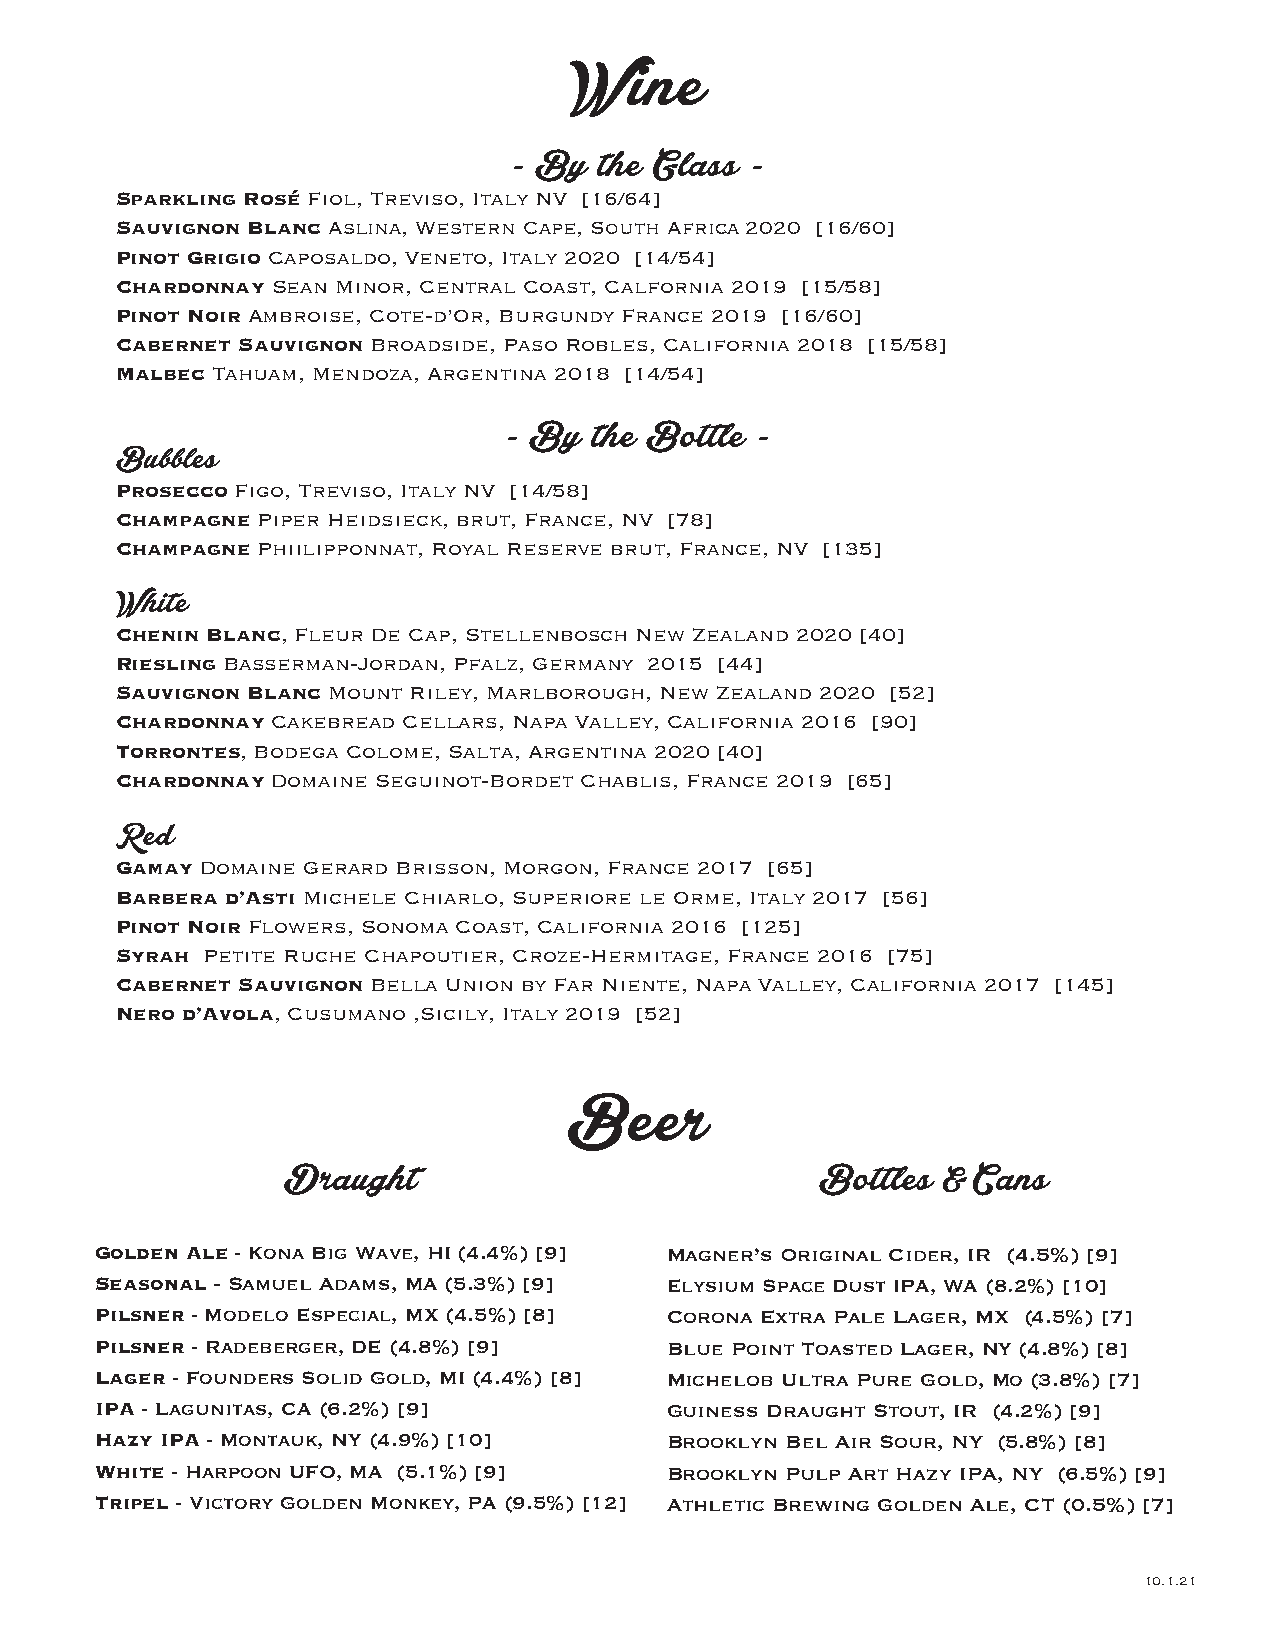
Wine
 - By  the Glass -
 Sparkling Rosé Fiol, Treviso, Italy NV [16/64]
 Sauvignon Blanc Aslina, Western Cape, South Africa 2020 [16/60]
 Pinot Grigio Caposaldo, Veneto, Italy 2020 [14/54]
 Chardonnay Sean Minor, Central Coast, Calfornia 2019 [15/58]
 Pinot Noir Ambroise, Cote-d’Or, Burgundy France 2019 [16/60]
 Cabernet Sauvignon Broadside, Paso Robles, California 2018 [15/58]
 Malbec Tahuam, Mendoza, Argentina 2018 [14/54]
 - By  the Bottle -
 Bubbles
 Prosecco Figo, Treviso, Italy NV [14/58]
 Champagne Piper Heidsieck, brut, France, NV [78]
 Champagne Phiilipponnat, Royal Reserve brut, France, NV [135]
 White
 Chenin Blanc, Fleur De Cap, Stellenbosch New Zealand 2020 [40]
 Riesling Basserman-Jordan, Pfalz, Germany 2015 [44]
 Sauvignon Blanc Mount Riley, Marlborough, New Zealand 2020 [52]
 Chardonnay Cakebread Cellars, Napa Valley, California 2016 [90]
 Torrontes, Bodega Colome, Salta, Argentina 2020 [40]
 Chardonnay Domaine Seguinot-Bordet Chablis, France 2019 [65]
 Red
 Gamay Domaine Gerard Brisson, Morgon, France 2017 [65]
 Barbera d’Asti Michele Chiarlo, Superiore le Orme, Italy 2017 [56]
 Pinot Noir Flowers, Sonoma Coast, California 2016 [125]
 Syrah Petite Ruche Chapoutier, Croze-Hermitage, France 2016 [75]
 Cabernet Sauvignon Bella Union by Far Niente, Napa Valley, California 2017 [145]
 Nero d’Avola, Cusumano ,Sicily, Italy 2019 [52]
 Beer
 Draught                            Bottles & Cans
 Golden Ale - Kona Big Wave, HI (4.4%) [9] Magner’s Original Cider, IR (4.5%) [9]
 Seasonal - Samuel Adams, MA (5.3%) [9] Elysium Space Dust IPA, WA (8.2%) [10]
 Pilsner - Modelo Especial, MX (4.5%) [8] Corona Extra Pale Lager, MX (4.5%) [7]
 Pilsner - Radeberger, DE (4.8%) [9]   Blue Point Toasted Lager, NY (4.8%) [8]
 Lager - Founders Solid Gold, MI (4.4%) [8] Michelob Ultra Pure Gold, Mo (3.8%) [7]
 IPA - Lagunitas, CA (6.2%) [9]        Guiness Draught Stout, IR (4.2%) [9]
 Hazy IPA - Montauk, NY (4.9%) [10]    Brooklyn Bel Air Sour, NY (5.8%) [8]
 White - Harpoon UFO, MA (5.1%) [9]    Brooklyn Pulp Art Hazy IPA, NY (6.5%) [9]
 Tripel - Victory Golden Monkey, PA (9.5%) [12] Athletic Brewing Golden Ale, CT (0.5%) [7]
 10.1.21